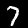
Digit: 7